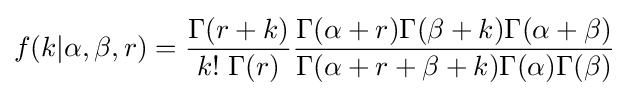
f(k|\alpha ,\beta ,r)={\frac {\Gamma (r+k)}{k!\;\Gamma (r)}}{\frac {\Gamma (\alpha +r)\Gamma (\beta +k)\Gamma (\alpha +\beta )}{\Gamma (\alpha +r+\beta +k)\Gamma (\alpha )\Gamma (\beta )}}